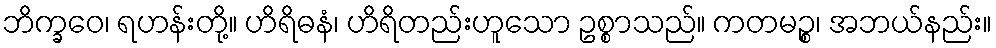
ဘိက္ခဝေ၊ ရဟန်းတို့။ ဟိရိဓနံ၊ ဟိရိတည်းဟူသော ဥစ္စာသည်။ ကတမဉ္စ၊ အဘယ်နည်း။